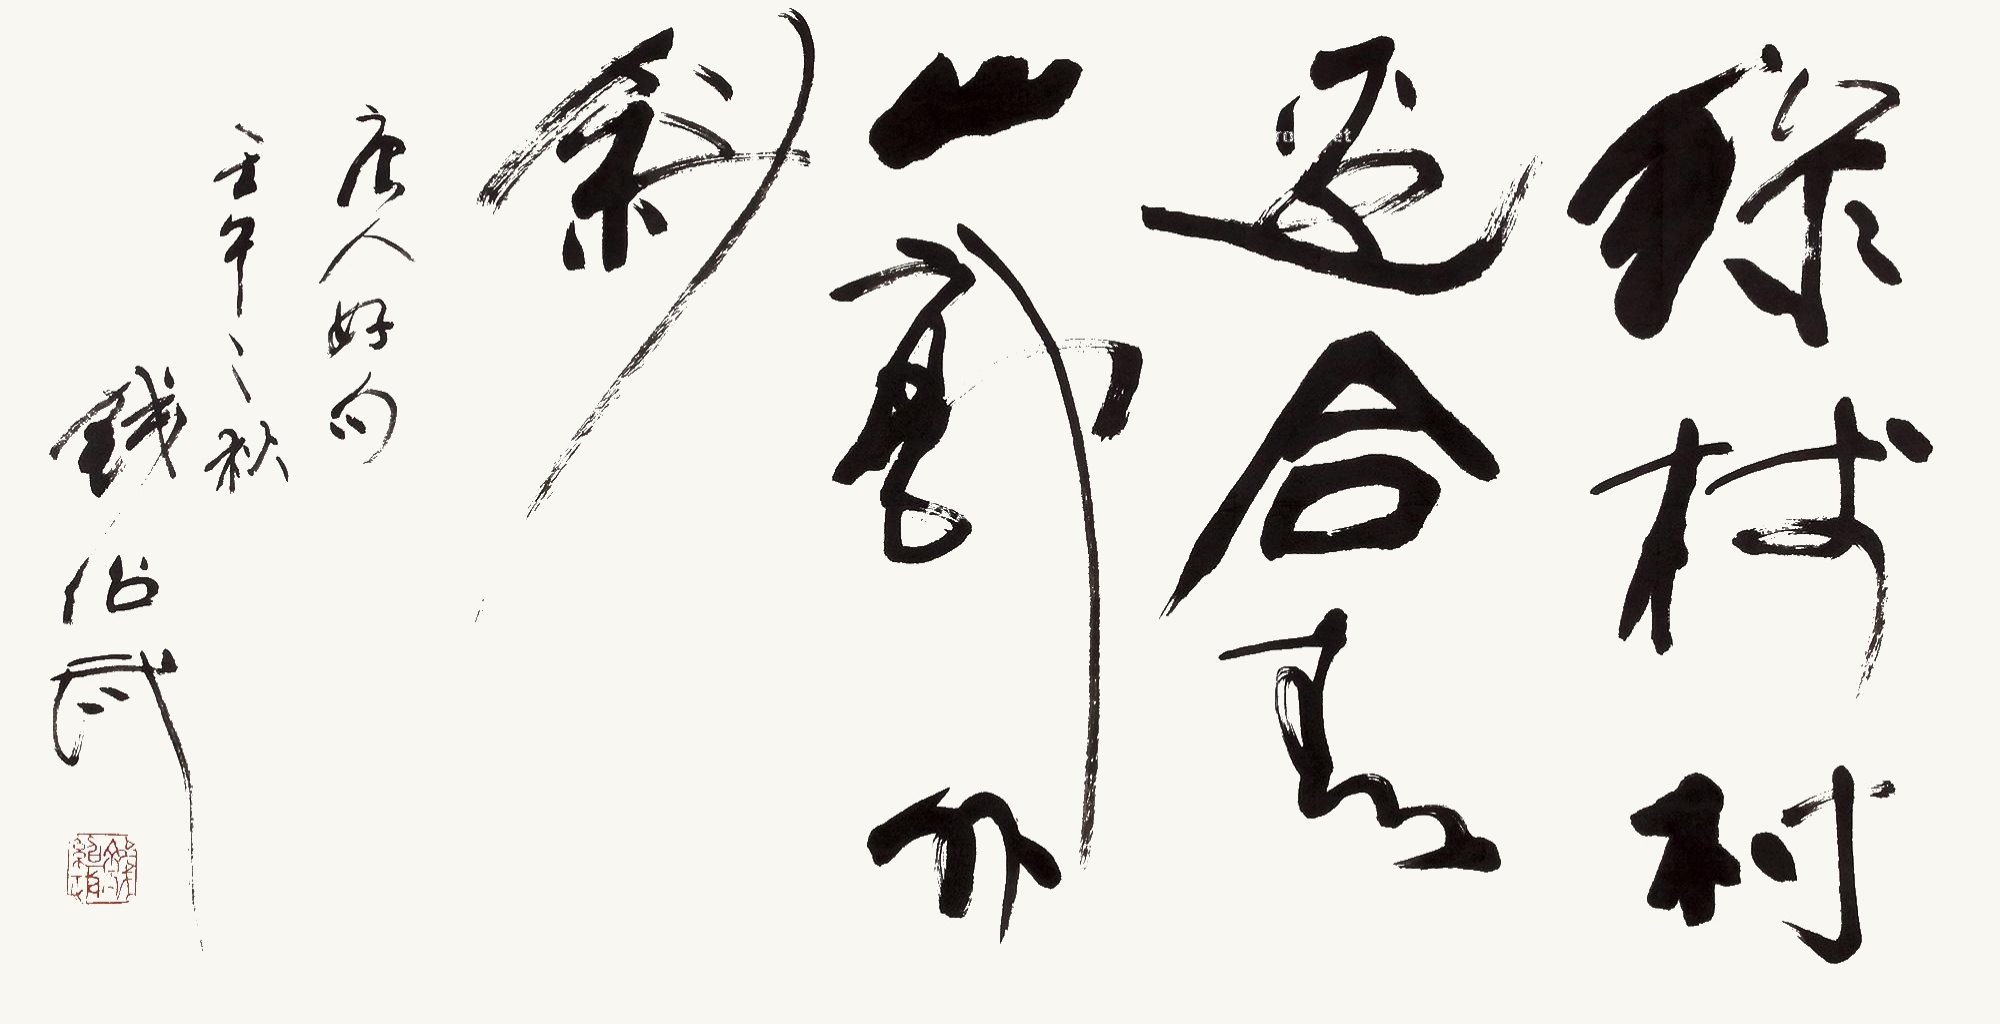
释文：绿树村边合青山郭外斜。唐人好句。壬午之秋。钱绍武。